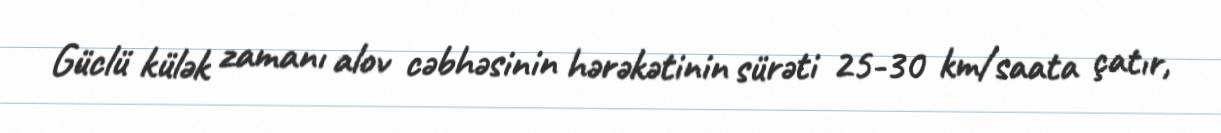
Güclü külək zamanı alov cəbhəsinin hərəkətinin sürəti 25-30 km/saata çatır,